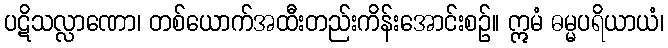
ပဋိသလ္လာဏော၊ တစ်ယောက်အထီးတည်းကိန်းအောင်းစဉ်။ ဣမံ ဓမ္မပရိယာယံ၊